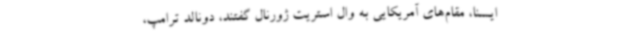
ایسنا، مقام‌های آمریکایی به وال استریت ژورنال گفتند، دونالد ترامپ،